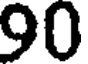
90